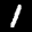
Label: 1